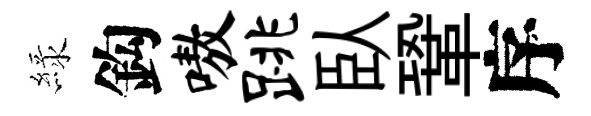
緑鈎嗷跳臥鞏序